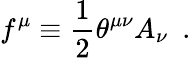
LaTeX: f^{\mu}\equiv{\frac{1}{2}}\theta^{\mu\nu}A_{\nu}~~.